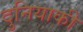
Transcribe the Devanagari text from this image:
दुनियाकी